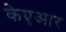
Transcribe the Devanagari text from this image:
केएआर